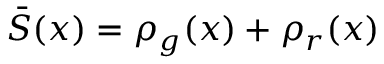
\bar { S } ( x ) = \rho _ { g } ( x ) + \rho _ { r } ( x )